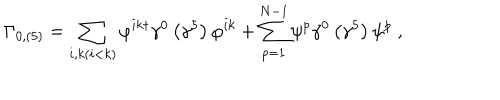
LaTeX: \Gamma _ { 0 , \left( 5 \right) } = \sum _ { i , k ( i < k ) } \varphi ^ { i k \dagger } \gamma ^ { 0 } \left( \gamma ^ { 5 } \right) \varphi ^ { i k } + \sum _ { p = 1 } ^ { N - 1 } \psi ^ { p } \gamma ^ { 0 } \left( \gamma ^ { 5 } \right) \psi ^ { p } \ ,